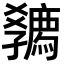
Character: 𡦴